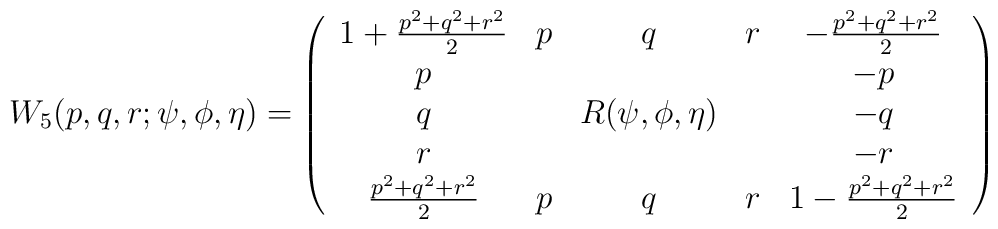
W_5(p,q,r; \psi, \phi, \eta) = \left( \begin{array}{ccccc}1+ \frac{p^2 + q^2 + r^2}{2} & p & q & r & -\frac{p^2 + q^2 + r^2}{2} \\p & & & & -p \\q & &R(\psi, \phi, \eta) & & -q \\r & & & & -r  \\    \frac{p^2 + q^2 + r^2}{2} &  p & q & r & 1 -\frac{p^2 + q^2 + r^2}{2}   \end{array}\right)